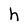
Character: h